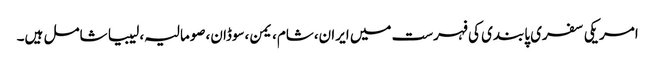
امریکی سفری پابندی کی فہرست میں ایران،شام،یمن،سوڈان،صومالیہ،لیبیا شامل ہیں۔